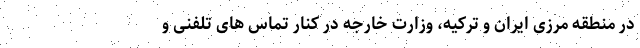
در منطقه مرزی ایران و ترکیه، وزارت خارجه در کنار تماس های تلفنی و